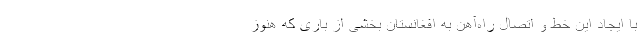
با ایجاد این خط و اتصال راه‌آهن به افغانستان بخشی از باری که هنوز